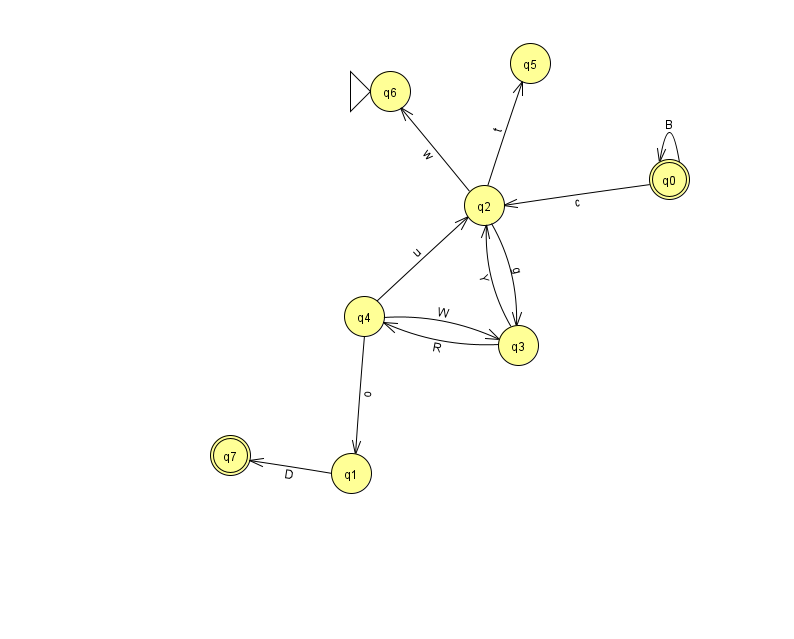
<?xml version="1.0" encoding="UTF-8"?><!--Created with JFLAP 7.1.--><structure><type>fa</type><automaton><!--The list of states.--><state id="0" name="q0"><x>669.0</x><y>166.0</y><final/></state><state id="1" name="q1"><x>351.0</x><y>460.0</y></state><state id="2" name="q2"><x>484.0</x><y>192.0</y></state><state id="3" name="q3"><x>518.0</x><y>332.0</y></state><state id="4" name="q4"><x>364.0</x><y>303.0</y></state><state id="5" name="q5"><x>530.0</x><y>50.0</y></state><state id="6" name="q6"><x>390.0</x><y>78.0</y><initial/></state><state id="7" name="q7"><x>230.0</x><y>442.0</y><final/></state><!--The list of transitions.--><transition><from>3</from><to>4</to><read>R</read></transition><transition><from>0</from><to>0</to><read>B</read></transition><transition><from>3</from><to>2</to><read>Y</read></transition><transition><from>1</from><to>7</to><read>D</read></transition><transition><from>2</from><to>5</to><read>t</read></transition><transition><from>4</from><to>3</to><read>W</read></transition><transition><from>4</from><to>1</to><read>o</read></transition><transition><from>0</from><to>2</to><read>c</read></transition><transition><from>2</from><to>3</to><read>g</read></transition><transition><from>4</from><to>2</to><read>u</read></transition><transition><from>2</from><to>6</to><read>w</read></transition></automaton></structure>